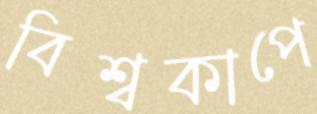
বিশ্বকাপে